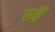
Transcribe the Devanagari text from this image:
सकेँ